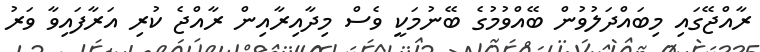
ރާއްޖޭގައި މިބައްދަލުވުން ބޭއްވުމުގެ ބޭނުމަކީ ވެސް މިދާއިރާއިން ރާއްޖެ ކުރި އަރާފައިވާ ވަރު